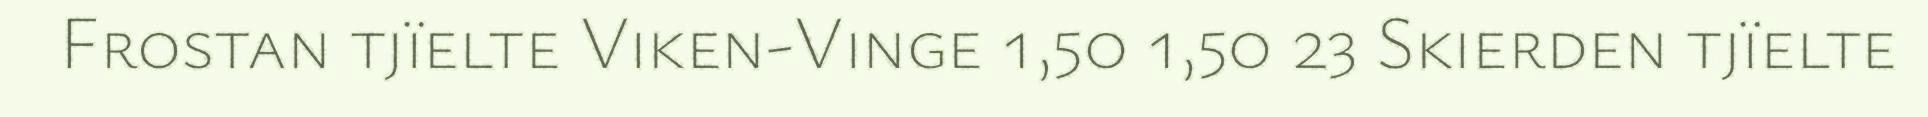
Frostan tjïelte Viken-Vinge 1,50 1,50 23 Skierden tjïelte